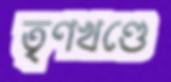
তৃণখণ্ডে